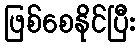
ဖြစ်စေနိုင်ပြီး